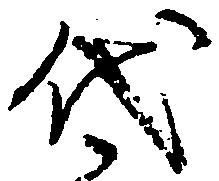
代